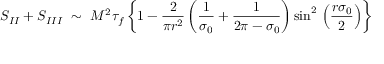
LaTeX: S _ { I I } + S _ { I I I } ~ \sim ~ M ^ { 2 } \tau _ { f } \left\{ 1 - \frac { 2 } { \pi r ^ { 2 } } \left( \frac { 1 } { \sigma _ { 0 } } + \frac { 1 } { 2 \pi - \sigma _ { 0 } } \right) { \sin } ^ { 2 } \, \left( \frac { r \sigma _ { 0 } } { 2 } \right) \right\}